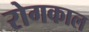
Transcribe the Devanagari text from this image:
रोगकाल